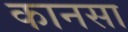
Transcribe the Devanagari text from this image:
कानसा